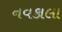
નવકાલા